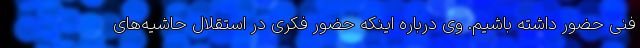
فنی حضور داشته باشیم. وی درباره اینکه حضور فکری در استقلال حاشیه‌های